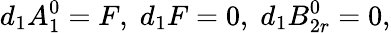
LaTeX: d_{1}A_{1}^{0}=F,\; d_{1}F=0,\; d_{1}B_{2r}^{0}=0,